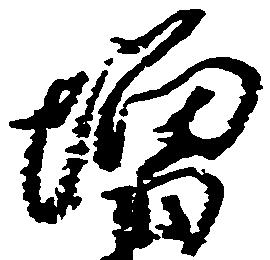
増